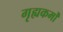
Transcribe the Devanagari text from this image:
गृह्यकर्मों